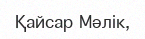
Қайсар Мәлік,